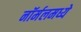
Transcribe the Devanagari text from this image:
नॉर्मलमध्ये